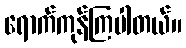
ရောက်ကုန်ကြပါတယ်။